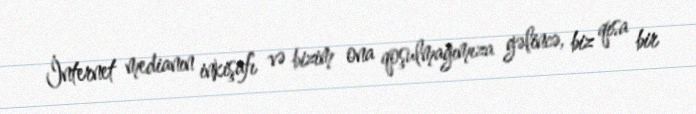
İnternet medianın inkişafı və bizim ona qoşulmağımıza gəlincə, biz qısa bir